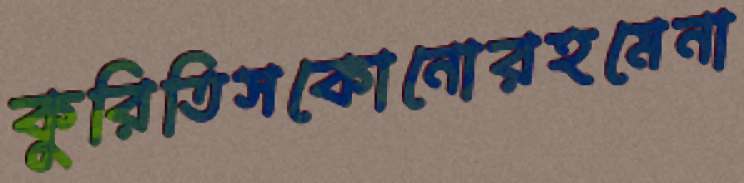
কুরিতিসকোনোরহমেনা